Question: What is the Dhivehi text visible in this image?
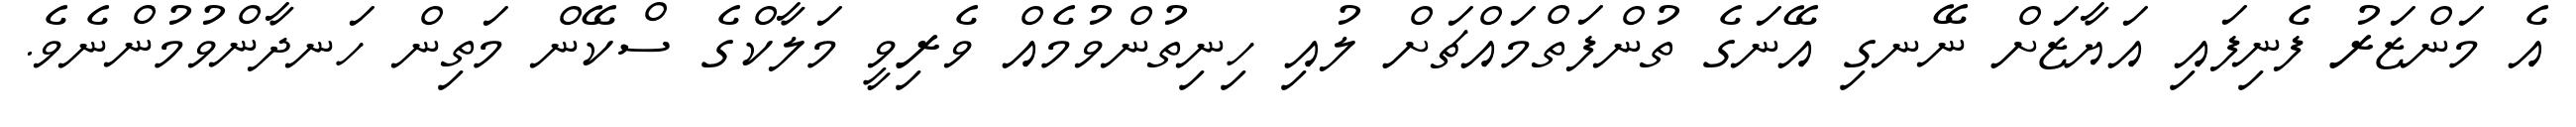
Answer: އެ މަންޒަރު ފެނިފައި އަޔާޒަށް ނޭނގި އޭނަގެ ތުންފަތްމައްޗަށް ލުއި ހިނިތުންވުމެއް ވެރިވީ މަލާކްގެ ސްކޭން މަތިން ހަނދާންވުމުންނެވެ.